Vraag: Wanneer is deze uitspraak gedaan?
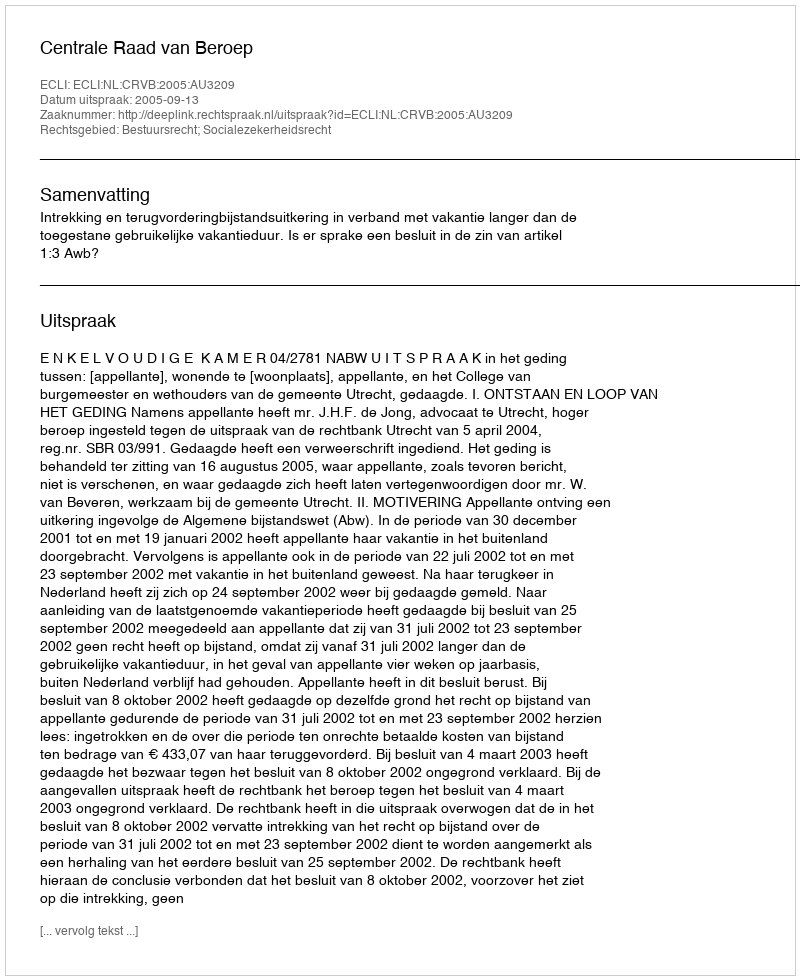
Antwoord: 2005-09-13